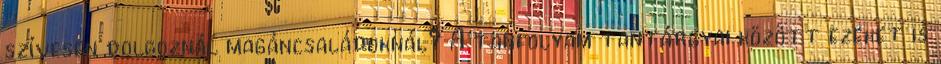
szívesen dolgoznál magáncsaládoknál? A tanfolyam tantárgyai között ezeket is